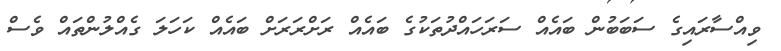
ވިއްސާރައިގެ ސަބަބުން ބައެއް ސަރަހައްދުތަކުގެ ބައެއް ރަށްރަރަށް ބައެއް ކަހަލަ ގެއްލުންތައް ވެސް